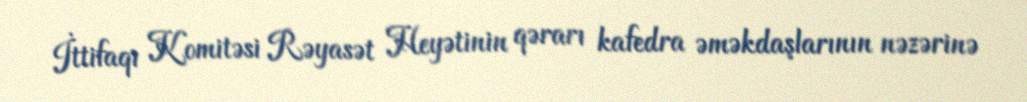
İttifaqı Komitəsi Rəyasət Heyətinin qərarı kafedra əməkdaşlarının nəzərinə